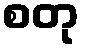
စတု